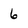
Character: 6